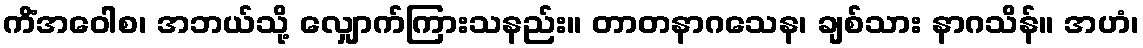
ကိံအဝေါစ၊ အဘယ်သို့ လျှောက်ကြားသနည်း။ တာတနာဂသေန၊ ချစ်သား နာဂသိန်။ အဟံ၊